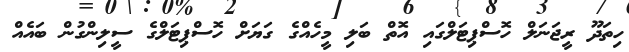
ހިތަދޫ ރީޖަނަލް ހޮސްޕިޓަލްގައި އޮތް ބަލި މީހެއްގެ ގަޔަށް ހޮސްޕިޓަލްގެ ސީލިންގުން ބައެއް